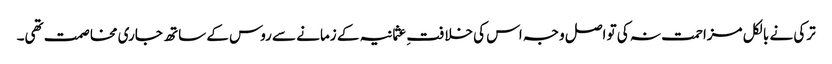
ترکی نے بالکل مزاحمت نہ کی تو اصل وجہ اس کی خلافتِ عثمانیہ کے زمانے سے روس کے ساتھ جاری مخاصمت تھی۔